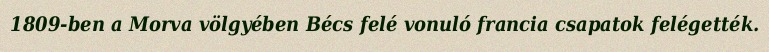
1809-ben a Morva völgyében Bécs felé vonuló francia csapatok felégették.